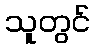
သူတွင်